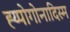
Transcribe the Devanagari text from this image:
ह्य्पोगोनादिस्म